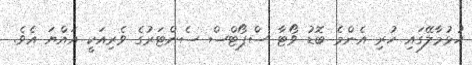
ހުޅުމާލޭގައި ހުރި އެންމެ ބޮޑު ވޯޓާ ސްޕޯޓްސް ސެންޓަރުގެ ވެރިއަކީ އައްޔަ އެވެ.